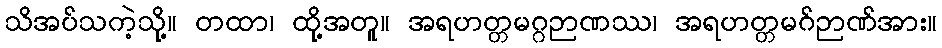
သိအပ်သကဲ့သို့။ တထာ၊ ထို့အတူ။ အရဟတ္တမဂ္ဂဉာဏဿ၊ အရဟတ္တမဂ်ဉာဏ်အား။